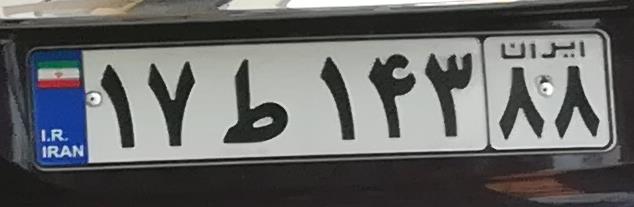
۱۷ط۱۴۳۸۸